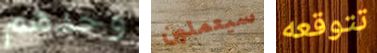
وحدهم سيعملون تتوقعه